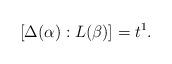
LaTeX: \begin{align*}[\Delta(\alpha):L(\beta)]=t^1.\end{align*}